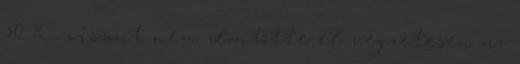
50 % , viszont nem döntötte el végzetesen az